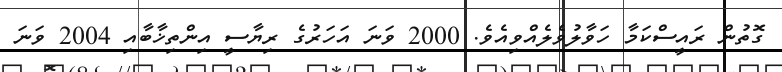
ގޮތުން ރައީސްކަމާ ހަވާލުވެލެއްވިއެވެ. 2000 ވަނަ އަހަރުގެ ރިޔާސީ އިންތިޚާބާއި 2004 ވަނަ